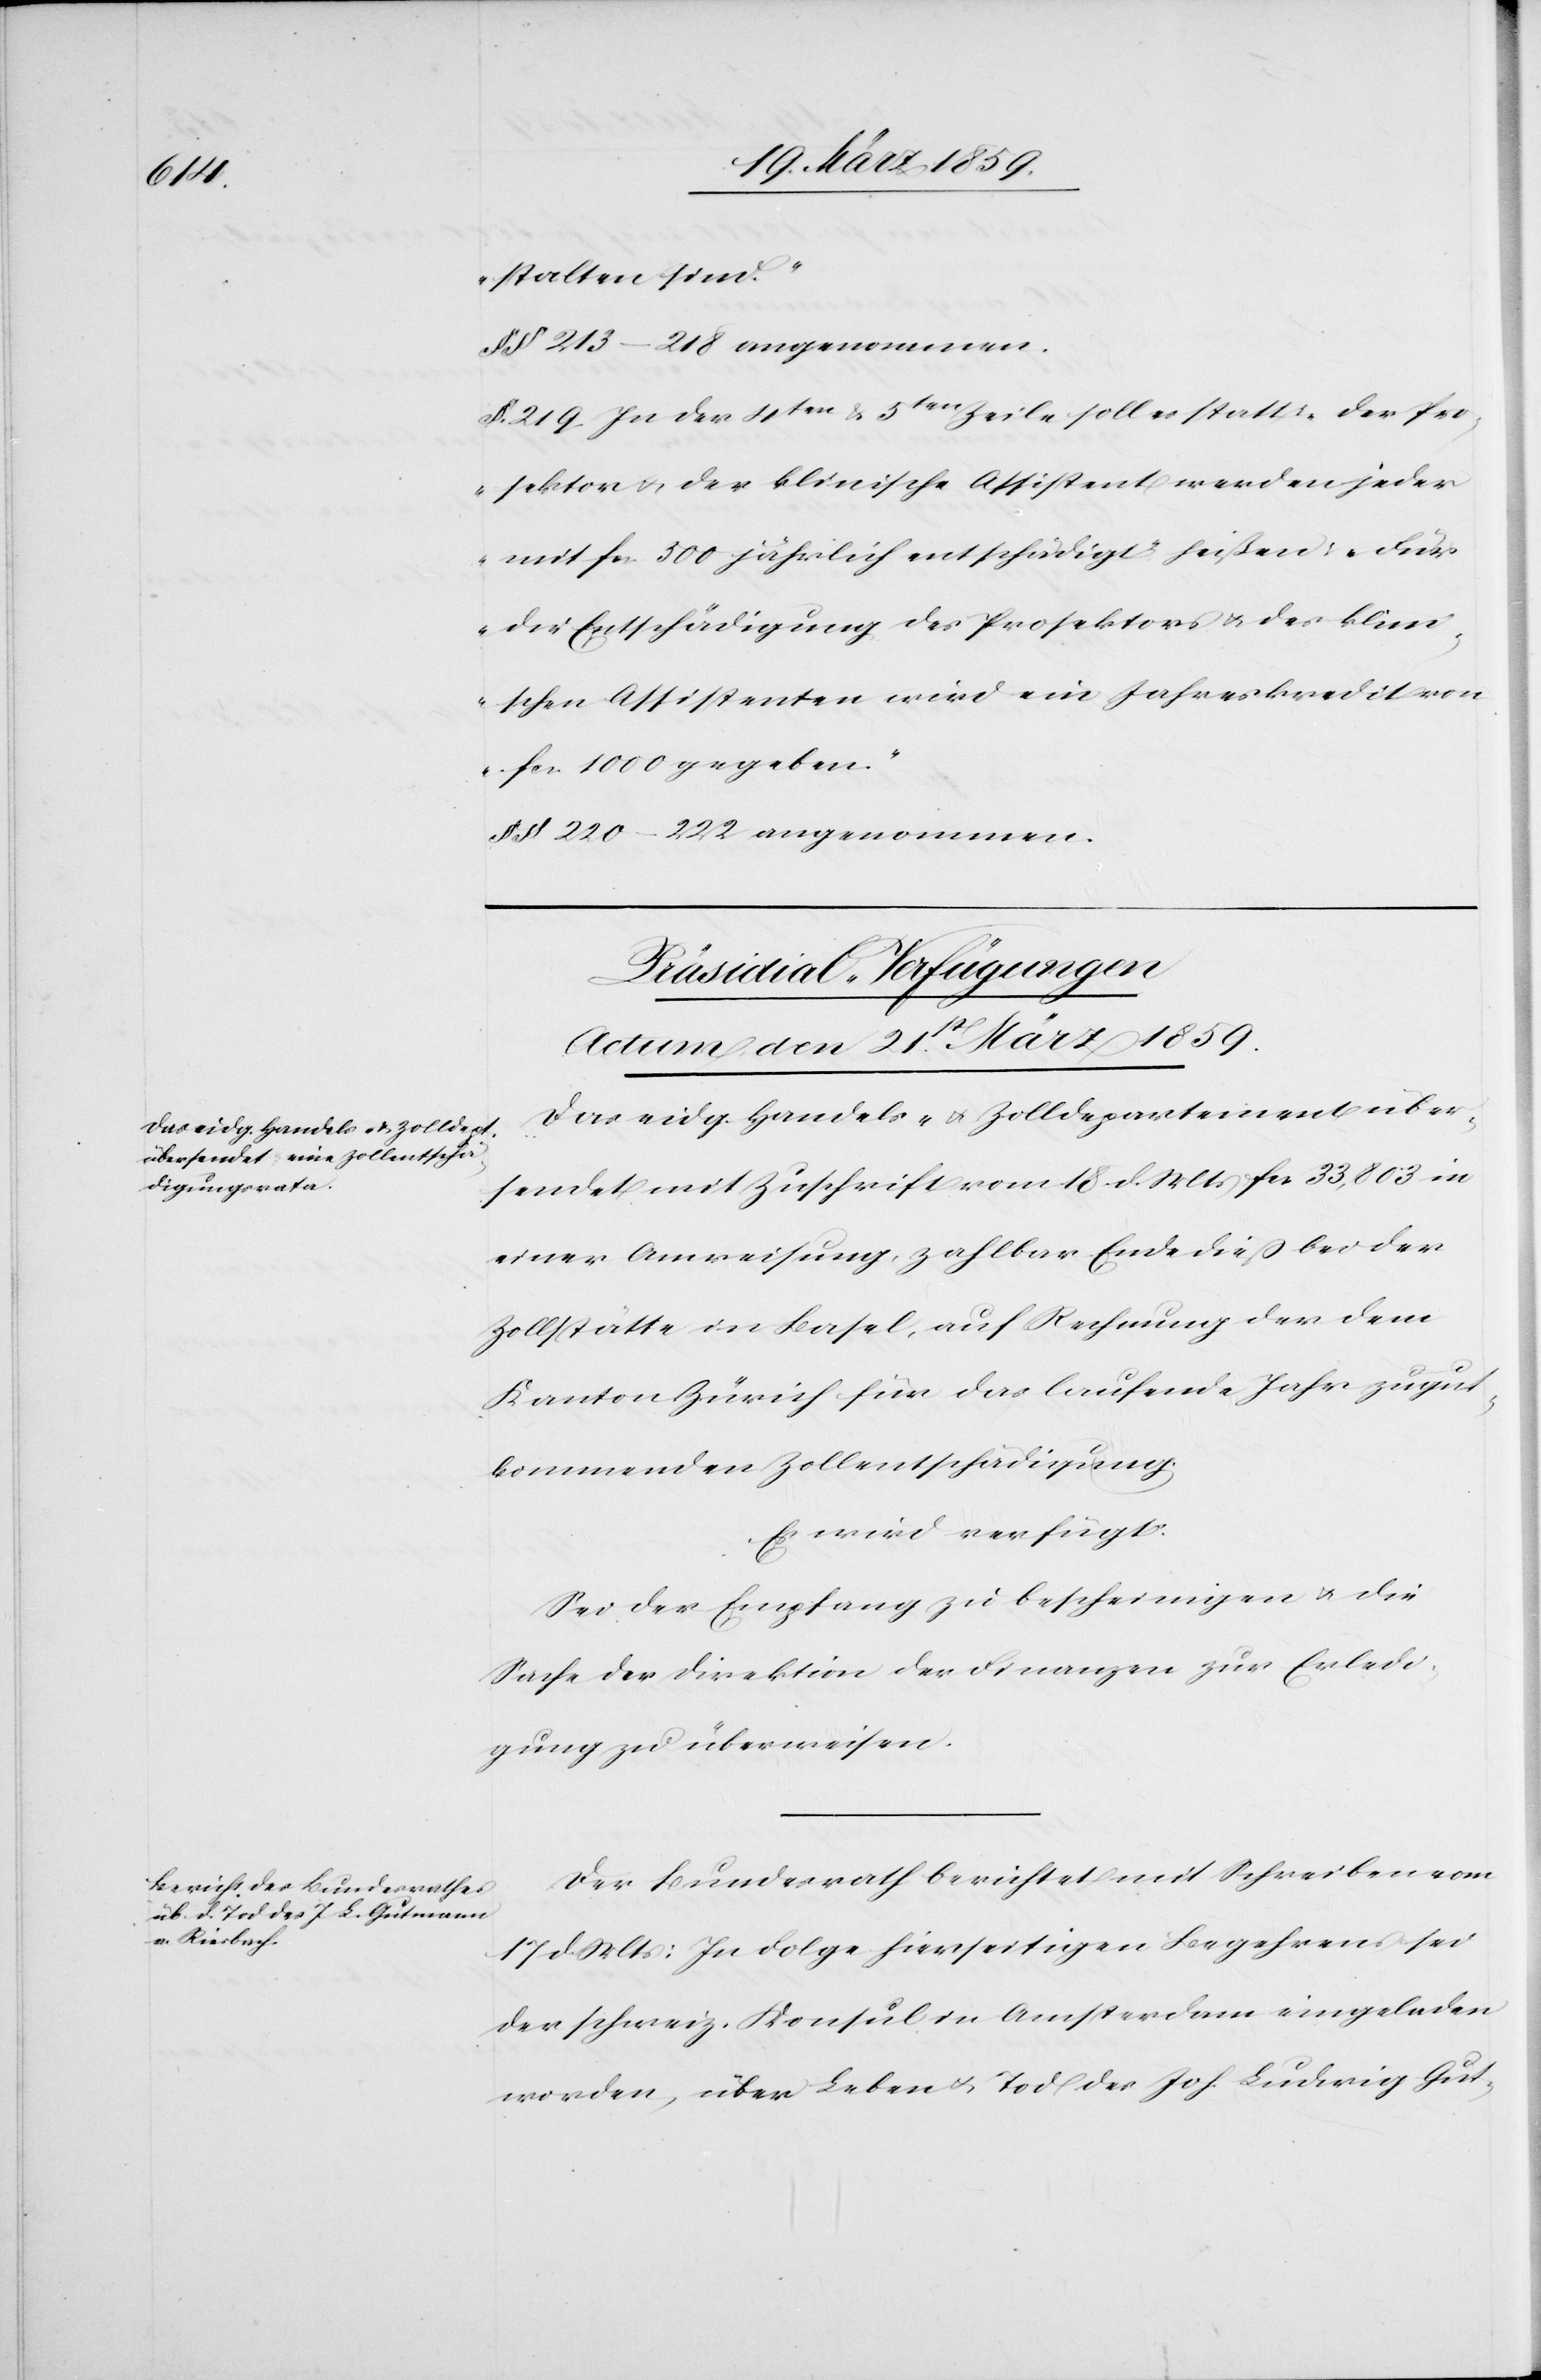
stalten sind“.
§§ 213–218 angenommen.
§. 219. In der 4ten & 5ten Zeile soll es statt: „der Pro¬
sektor u. der klinische Assistent werden jeder
mit fcs. 500 jährlich entschädigt“ heißen: „Für
die Entschädigung des Prosektors u. des klini¬
schen Assistenten wird ein Jahreskredit von
fcs. 1000 gegeben.“
§§ 220–222 angenommen.
[Präsidial-Verfügungen
Actum, den 21st März 1859.]
Das eidg. Handels- u. Zolldepartement über¬
sendet mit Zuschrift vom 18. d. Mts fcs. 33,803 in
einer Anweisung, zahlbar Ende dieß bei der
Zollstätte in Basel, auf Rechnung der dem
Kanton Zürich für das laufende Jahr zugut¬
kommenden Zollentschädigung.
Es wird verfügt:
Sei der Empfang zu bescheinigen u. die
Sache der Direktion der Finanzen zur Erledi¬
gung zu überweisen.
Der Bundesrath berichtet mit Schreiben vom
17 d. Mts: In Folge hierseitigen Begehrens sei
der schweiz. Konsul in Amsterdam eingeladen
worden, über Leben u. Tod des Joh. Ludwig Gut-